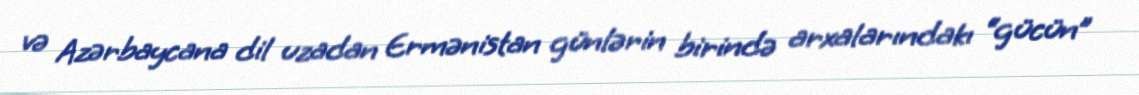
və Azərbaycana dil uzadan Ermənistan günlərin birində arxalarındakı “gücün”